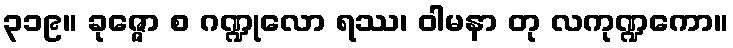
၃၁၉။ ခုဇ္ဇော စ ဂဏ္ဍုလော ရဿ၊ ဝါမနာ တု လကုဏ္ဍကော။